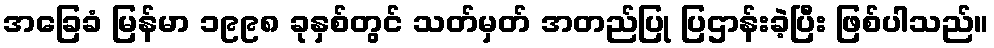
အခြေခံ မြန်မာ ၁၉၉၈ ခုနှစ်တွင် သတ်မှတ် အတည်ပြု ပြဌာန်းခဲ့ပြီး ဖြစ်ပါသည်။